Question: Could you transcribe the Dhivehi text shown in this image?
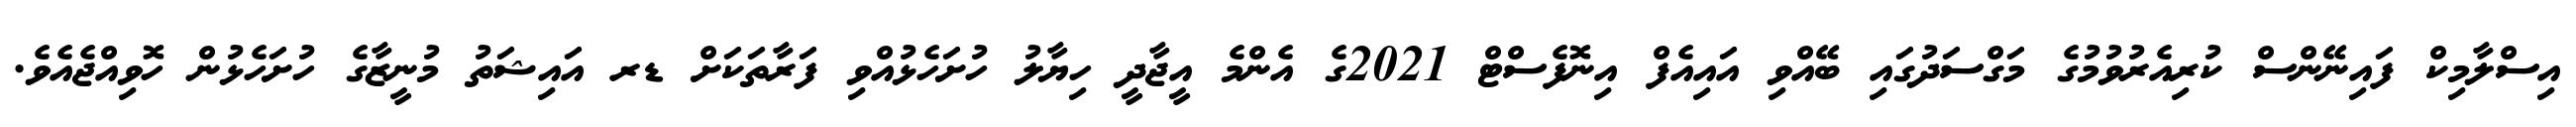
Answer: އިސްލާމިކް ފައިނޭންސް ކުރިއެރުވުމުގެ މަގްސަދުގައި ބޭއްވި އައިއެފް އިނޮފެސްޓް 2021ގެ އެންމެ އީޖާދީ ހިޔާލު ހުށަހެޅުއްވި ފަރާތަކަށް ޑރ އައިޝަތު މުނީޒާގެ ހުށަހެޅުން ހޮވިއްޖެއެވެ.